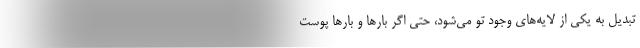
تبديل به يكي از لايه‌هاي وجود تو مي‌شود، حتي اگر بارها و بارها پوست